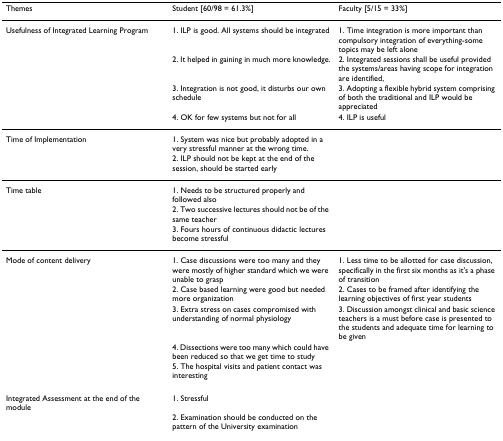
<table><thead><tr><td><b>Themes</b></td><td><b>Student [60/98 = 61.3%]</b></td><td><b>Faculty [5/15 = 33%]</b></td></tr></thead><tbody><tr><td>Usefulness of Integrated Learning Program</td><td>1. ILP is good. All systems should be integrated</td><td>1. Time integration is more important than compulsory integration of everything-some topics may be left alone</td></tr><tr><td></td><td>2. It helped in gaining in much more knowledge.</td><td>2. Integrated sessions shall be useful provided the systems/areas having scope for integration are identified,</td></tr><tr><td></td><td>3. Integration is not good, it disturbs our own schedule</td><td>3. Adopting a flexible hybrid system comprising of both the traditional and ILP would be appreciated</td></tr><tr><td></td><td>4. OK for few systems but not for all</td><td>4. ILP is useful</td></tr><tr><td>Time of Implementation</td><td>1. System was nice but probably adopted in a very stressful manner at the wrong time.</td><td></td></tr><tr><td></td><td>2. ILP should not be kept at the end of the session, should be started early</td><td></td></tr><tr><td>Time table</td><td>1. Needs to be structured properly and followed also</td><td></td></tr><tr><td></td><td>2. Two successive lectures should not be of the same teacher</td><td></td></tr><tr><td></td><td>3. Fours hours of continuous didactic lectures become stressful</td><td></td></tr><tr><td>Mode of content delivery</td><td>1. Case discussions were too many and they were mostly of higher standard which we were unable to grasp</td><td>1. Less time to be allotted for case discussion, specifically in the first six months as it&#x27;s a phase of transition</td></tr><tr><td></td><td>2. Case based learning were good but needed more organization</td><td>2. Cases to be framed after identifying the learning objectives of first year students</td></tr><tr><td></td><td>3. Extra stress on cases compromised with understanding of normal physiology</td><td>3. Discussion amongst clinical and basic science teachers is a must before case is presented to the students and adequate time for learning to be given</td></tr><tr><td></td><td>4. Dissections were too many which could have been reduced so that we get time to study</td><td></td></tr><tr><td></td><td>5. The hospital visits and patient contact was interesting</td><td></td></tr><tr><td>Integrated Assessment at the end of the module</td><td>1. Stressful</td><td></td></tr><tr><td></td><td>2. Examination should be conducted on the pattern of the University examination</td><td></td></tr></tbody></table>